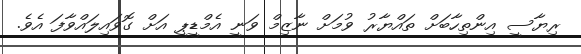
ރިޔާސީ އިންތިހާބަށް ތައްޔާރު ވުމަށް ނާޒިމް ވަނީ އެމްޑީޕީ އަށް ގޮވައިލައްވާފަ އެވެ.